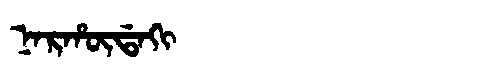
Manchu: ᠨᠠᡵᡥᡡᡩᠠᡴᡳ
Romanization: NARHŪDAKI